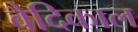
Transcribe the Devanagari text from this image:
वैदिकाल